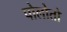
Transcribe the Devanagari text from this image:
पोलोतो